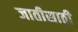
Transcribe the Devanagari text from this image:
जातीसाठी